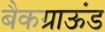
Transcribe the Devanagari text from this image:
बैकग्राऊंड